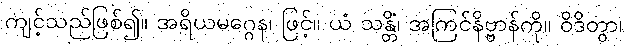
ကျင့်သည်ဖြစ်၍။ အရိယမဂ္ဂေန၊ ဖြင့်။ ယံ သန္တိံ၊ အကြင်နိဗ္ဗာန်ကို။ ဝိဒိတွာ၊